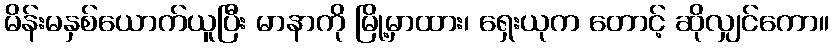
မိန်းမနှစ်ယောက်ယူပြီး မာနာကို မြို့မှာထား၊ ရှေးယုက တောင့် ဆိုလျှင်ကော။